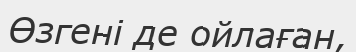
Өзгені де ойлаған,